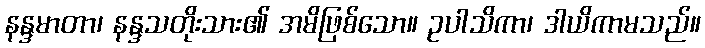
နန္ဒမာတာ၊ နန္ဒသတိုးသား၏ အမိဖြစ်သော။ ဥပါသိကာ၊ ဒါယိကာမသည်။